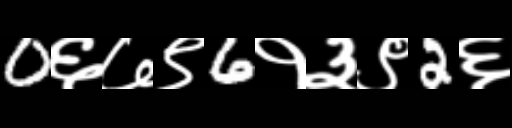
Text: 0६७९6१३९2६